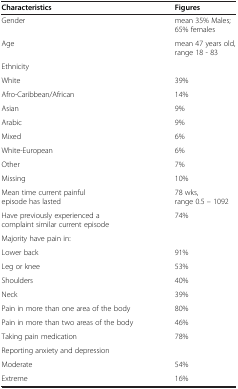
<table><thead><tr><td><b>Characteristics</b></td><td><b>Figures</b></td></tr></thead><tbody><tr><td>Gender</td><td>mean 35% Males; 65% females</td></tr><tr><td>Age</td><td>mean 47 years old, range 18 - 83</td></tr><tr><td>Ethnicity</td><td> </td></tr><tr><td>White</td><td>39%</td></tr><tr><td>Afro-Caribbean/African</td><td>14%</td></tr><tr><td>Asian</td><td>9%</td></tr><tr><td>Arabic</td><td>9%</td></tr><tr><td>Mixed</td><td>6%</td></tr><tr><td>White-European</td><td>6%</td></tr><tr><td>Other</td><td>7%</td></tr><tr><td>Missing</td><td>10%</td></tr><tr><td>Mean time current painful episode has lasted</td><td>78 wks, range 0.5 – 1092</td></tr><tr><td>Have previously experienced a complaint similar current episode</td><td>74%</td></tr><tr><td>Majority have pain in:</td><td> </td></tr><tr><td>Lower back</td><td>91%</td></tr><tr><td>Leg or knee</td><td>53%</td></tr><tr><td>Shoulders</td><td>40%</td></tr><tr><td>Neck</td><td>39%</td></tr><tr><td>Pain in more than one area of the body</td><td>80%</td></tr><tr><td>Pain in more than two areas of the body</td><td>46%</td></tr><tr><td>Taking pain medication</td><td>78%</td></tr><tr><td>Reporting anxiety and depression</td><td> </td></tr><tr><td>Moderate</td><td>54%</td></tr><tr><td>Extreme</td><td>16%</td></tr></tbody></table>